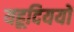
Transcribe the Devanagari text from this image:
यहूदिययों